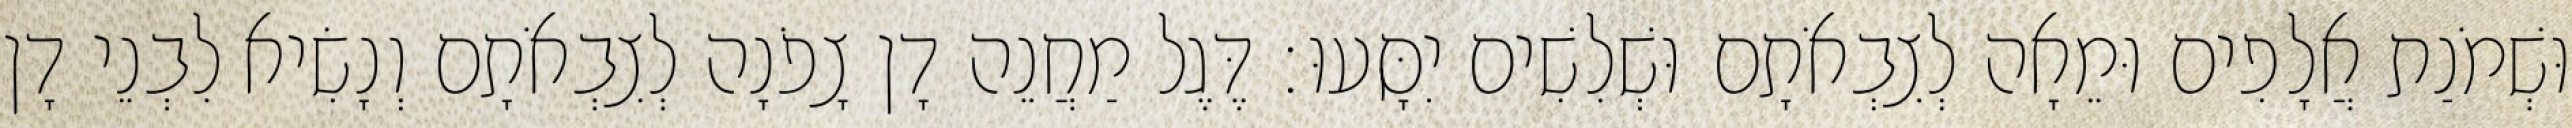
וּשְׁמֹנַת אֲלָפִים וּמֵאָה לְצִבְאֹתָם וּשְׁלִשִׁים יִסָּעוּ׃ דֶּגֶל מַחֲנֵה דָן צָפֹנָה לְצִבְאֹתָם וְנָשִׂיא לִבְנֵי דָן